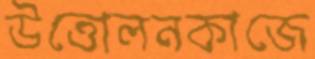
উত্তোলনকাজে